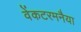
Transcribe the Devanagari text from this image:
वेंकटरमनैया